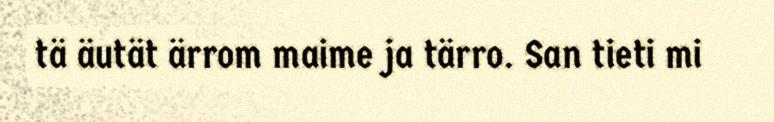
tä äutät ärrom maime ja tärro. San tieti mi